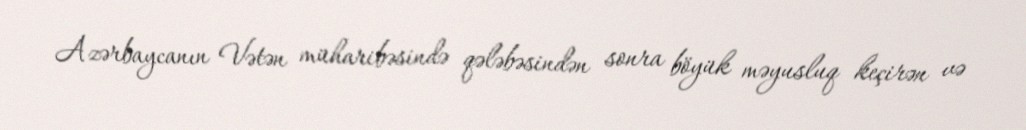
Azərbaycanın Vətən müharibəsində qələbəsindən sonra böyük məyusluq keçirən və